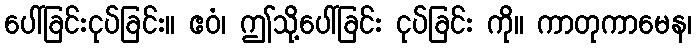
ပေါ်ခြင်းငုပ်ခြင်း။ ဧဝံ၊ ဤသို့ပေါ်ခြင်း ငုပ်ခြင်း ကို။ ကာတုကာမေန၊